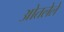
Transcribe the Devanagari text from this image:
ओतलेले